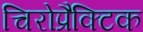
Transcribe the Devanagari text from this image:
चिरोप्रैक्टिक